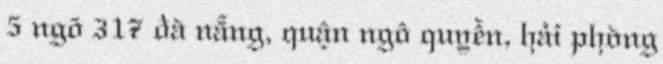
5 ngõ 317 đà nẵng, quận ngô quyền, hải phòng